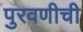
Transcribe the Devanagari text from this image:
पुरवणीची